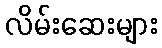
လိမ်းဆေးများ